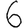
Digit: 6